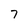
Character: 7